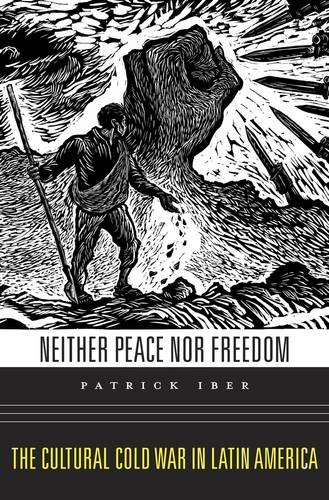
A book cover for Neither Peace nor Freedom: The Cultural Cold War in Latin America; Patrick Iber; History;